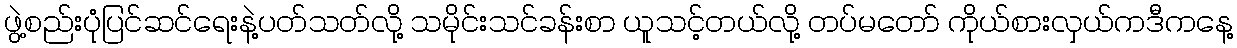
ဖွဲ့စည်းပုံပြင်ဆင်ရေးနဲ့ပတ်သတ်လို့ သမိုင်းသင်ခန်းစာ ယူသင့်တယ်လို့ တပ်မတော် ကိုယ်စားလှယ်ကဒီကနေ့